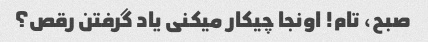
صبح، تام! اونجا چیکار میکنی یاد گرفتن رقص؟